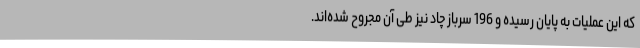
که این عملیات به پایان رسیده و 196 سرباز چاد نیز طی آن مجروح شده‌اند.